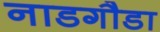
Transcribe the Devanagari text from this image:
नाडगौडा